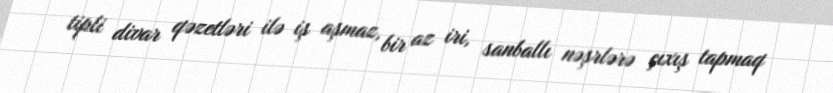
tipli divar qəzetləri ilə iş aşmaz, bir az iri, sanballı nəşrlərə çıxış tapmaq